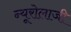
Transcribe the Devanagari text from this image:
न्यूरोलाजी